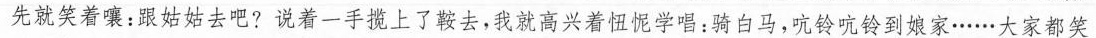
先就笑着囔：跟姑姑去吧？说着一手揽上了鞍去，我就高兴着忸怩学唱：骑白马，吭铃吭铃到娘家……大家都笑